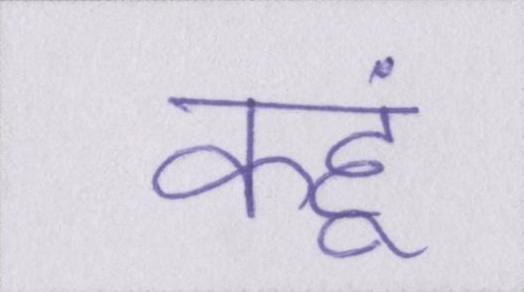
कहूं